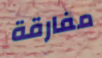
مفارقة